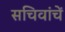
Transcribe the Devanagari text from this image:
सचिवांचें